Civil Veterinary Department Bihar reports 1940-50 - 1940-1950
Year: 1940
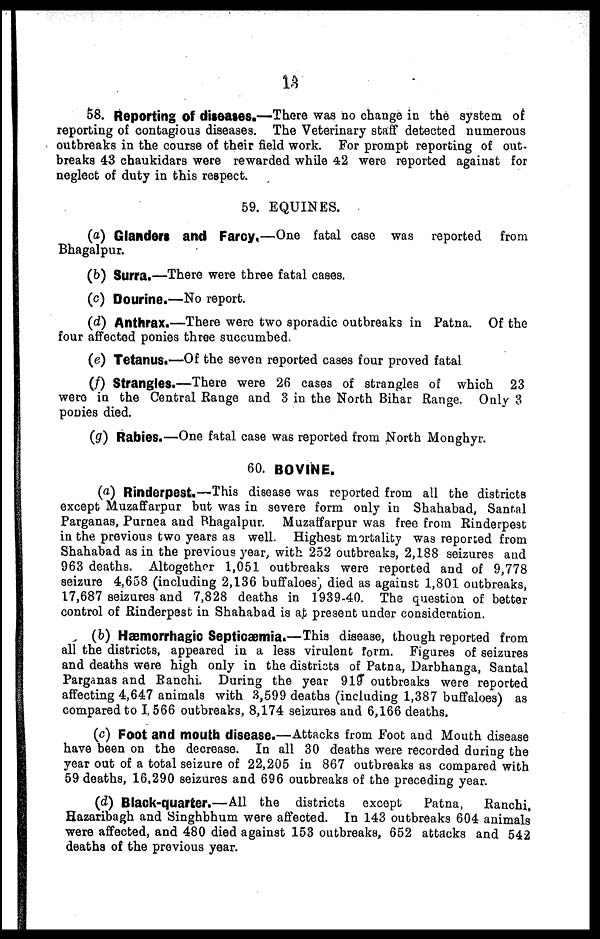
13
58. Reporting of diseases.—There was no change in the system of
reporting of contagious diseases. The Veterinary staff detected numerous
outbreaks in the course of their field work. For prompt reporting of out-
breaks 43 chaukidars were rewarded while 42 were reported against for
neglect of duty in this respect.
59. EQUINES.
(a) Glanders and Farcy,—One fatal case was reported from
Bhagalpur.
(b) Surra.—There were three fatal cases.
(c) Dourine.—No report.
(d) Anthrax.—There were two sporadic outbreaks in Patna. Of the
four affected ponies three succumbed.
(e) Tetanus.—Of the seven reported cases four proved fatal
(f) Strangles.—There were 26 cases of strangles of which 23
were in the Central Range and 3 in the North Bihar Range. Only 3
ponies died.
(g) Rabies.—One fatal case was reported from North Monghyr.
60. BOVINE.
(a) Rinderpest.—This disease was reported from all the districts
except Muzaffarpur but was in severe form only in Shahabad, Santal
Parganas, Purnea and Bhagalpur. Muzaffarpur was free from Rinderpest
in the previous two years as well. Highest mortality was reported from
Shahabad as in the previous year, with 252 outbreaks, 2,188 seizures and
963 deaths. Altogether 1,051 outbreaks were reported and of 9,778
seizure 4,658 (including 2,136 buffaloes) died as against 1,801 outbreaks,
17,687 seizures and 7,828 deaths in 1939-40. The question of better
control of Rinderpest in Shahabad is at present under consideration.
(b) Hæmorrhagio Septicæmia.—This disease, though reported from
all the districts, appeared in a less virulent Form. Figures of seizures
and deaths were high only in the districts of Patna, Darbhanga, Santal
Parganas and Ranchi. During the year 919 outbreaks were reported
affecting 4,647 animals with 3,599 deaths (including 1,387 buffaloes) as
compared to 1,566 outbreaks, 8,174 seizures and 6,166 deaths.
(c) Foot and mouth disease.—Attacks from Foot and Mouth disease
have been on the decrease. In all 30 deaths were recorded during the
year out of a total seizure of 22,205 in 867 outbreaks as compared with
59 deaths, 16,290 seizures and 696 outbreaks of the preceding year.
(d) Black-quarter.—All the districts except
Patna,
Ranchi,
Hazaribagh and Singhbhum were affected. In 143 outbreaks 604 animals
were affected, and 480 died against 153 outbreaks, 652 attacks and 542
deaths of the previous year.